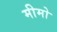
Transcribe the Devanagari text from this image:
मीमो